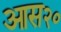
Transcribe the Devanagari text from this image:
आस२०